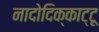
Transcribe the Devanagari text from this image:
नादोदिक्काट्टू